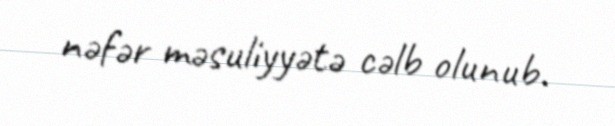
nəfər məsuliyyətə cəlb olunub.